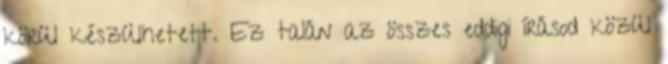
körül készülhetett. Ez talán az összes eddigi írásod közül